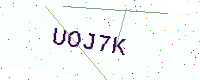
Text: UOJ7K